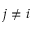
j \neq i